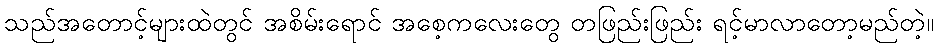
သည်အတောင့်များထဲတွင် အစိမ်းရောင် အစေ့ကလေးတွေ တဖြည်းဖြည်း ရင့်မာလာတော့မည်တဲ့။